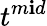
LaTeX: t^{m\mathbf{i}d}